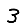
Digit: 3